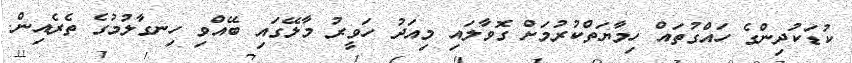
ކުޑަކުދިންގެ ހައްގުތައް ހިމާޔަތްކުރުމަށް ގޮވާލައި މިއަދު ހަވީރު މާލޭގައި ބޭއްވި ހިނގާލުމުގެ ތެރެއިން.